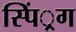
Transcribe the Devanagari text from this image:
स्पिं्रग